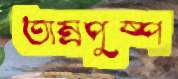
তাম্রপুষ্প